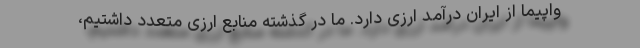
واپیما از ایران درآمد ارزی دارد. ما در گذشته منابع ارزی متعدد داشتیم،